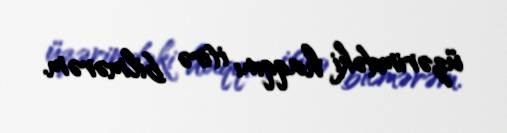
üzərimdəki haqqını itirə bilmərəm.